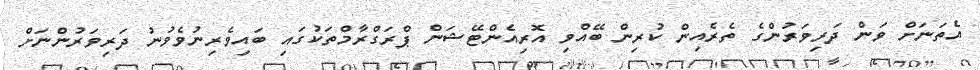
އެތަނަށް ވަން ދަރިވަރުންގެ ތެރެއިން ކުރިން ބޭއްވި އޮރިއެންޓޭޝަން ޕްރަގްރާމްތަކުގައި ބައިވެރިނުވެވުނު ދަރިވަރުންނަށް